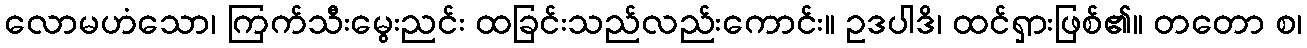
လောမဟံသော၊ ကြက်သီးမွေးညင်း ထခြင်းသည်လည်းကောင်း။ ဥဒပါဒိ၊ ထင်ရှားဖြစ်၏။ တတော စ၊